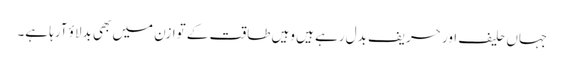
جہاں حلیف اور حریف بدل رہے ہیں وہیں طاقت کے توازن میں بھی بدلاؤ آرہا ہے۔